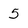
Character: 5